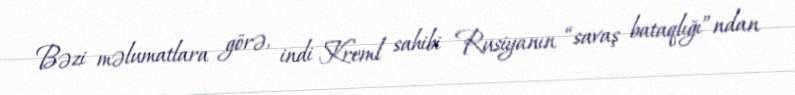
Bəzi məlumatlara görə, indi Kreml sahibi Rusiyanın “savaş bataqlığı”ndan